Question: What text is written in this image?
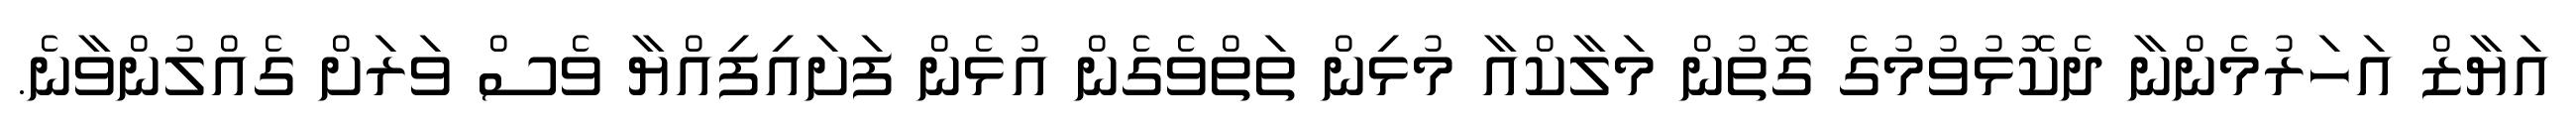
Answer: އަޔާޒް އަހަރުމެންނާ ދެކޮޅުވުމުގެ ގޮތުން މަލާކްއާ މުޅިން ތަތްވެގެން އުޅެން ފަށައިފިއްޔާ ވެސް ވަރަށް ގެއްލުންވާނެ.